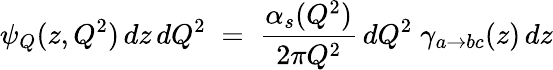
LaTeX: \psi_{Q}(z,Q^{2})\, dz\, dQ^{2}\; =\; \frac{\alpha_{s}(Q^{2})}{2\pi Q^{2}}\, dQ^{2}\; \gamma_{a\rightarrow bc}(z)\, dz